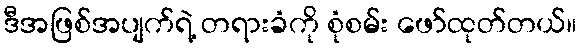
ဒီအဖြစ်အပျက်ရဲ့ တရားခံကို စုံစမ်း ဖော်ထုတ်တယ်။